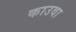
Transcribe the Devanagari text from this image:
काउवा